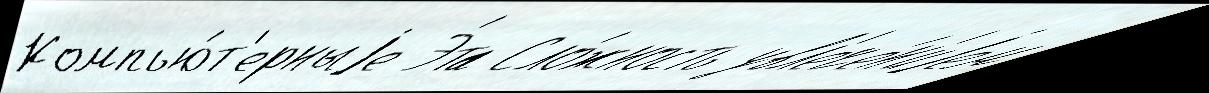
Компью́т'ерныjе Э́та Сло́жность увл'ече́н'иjем